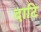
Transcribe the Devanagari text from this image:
दाटि